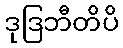
ဒုဒြဘီတိပိ